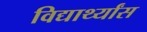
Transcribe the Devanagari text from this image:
विद्यार्थ्यांस